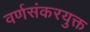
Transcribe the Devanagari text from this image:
वर्णसंकरयुक्त